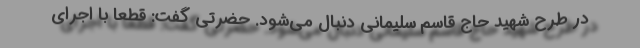
در طرح شهید حاج قاسم سلیمانی دنبال می‌شود. حضرتی گفت: قطعا با اجرای